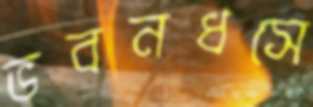
ভবনধসে